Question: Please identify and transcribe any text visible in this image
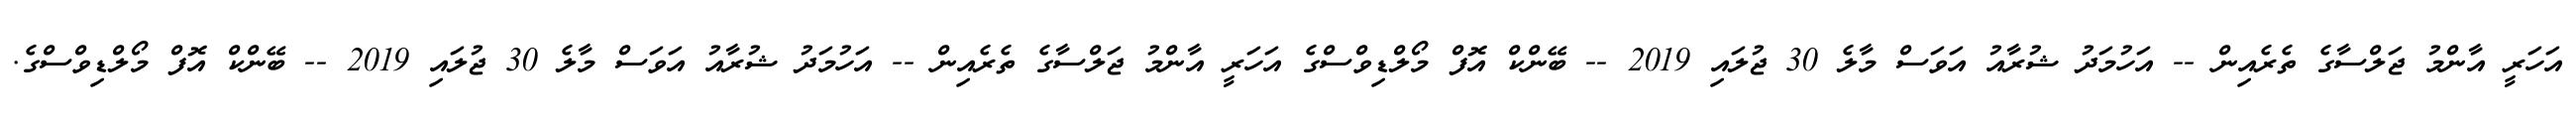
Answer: އަހަރީ އާންމު ޖަލްސާގެ ތެރެއިން -- އަހުމަދު ޝުރާއު އަވަސް މާލެ 30 ޖުލައި 2019 -- ބޭންކް އޮފް މޯލްޑިވްސްގެ އަހަރީ އާންމު ޖަލްސާގެ ތެރެއިން -- އަހުމަދު ޝުރާއު އަވަސް މާލެ 30 ޖުލައި 2019 -- ބޭންކް އޮފް މޯލްޑިވްސްގެ.